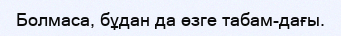
Болмаса, бұдан да өзге табам-дағы.